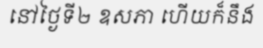
នៅថ្ងៃទី២ ឧសភា ហើយក៏នឹង